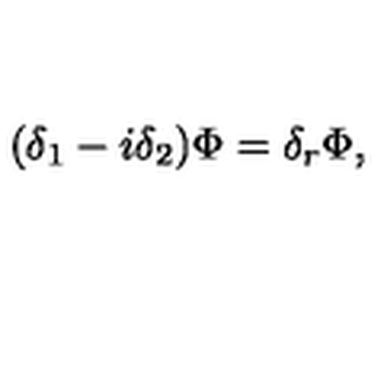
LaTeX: ( \delta _ { 1 } - i \delta _ { 2 } ) \Phi = \delta _ { r } \Phi ,